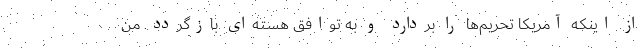
از اینکه آمریکا تحریم‌ها را بردارد و به توافق هسته‌ای بازگردد. من